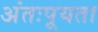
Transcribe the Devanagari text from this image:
अंतःपूयता